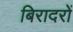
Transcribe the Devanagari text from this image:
बिरादरों